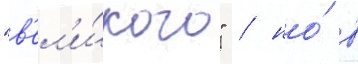
"в'ел'и́кого" / но́ в